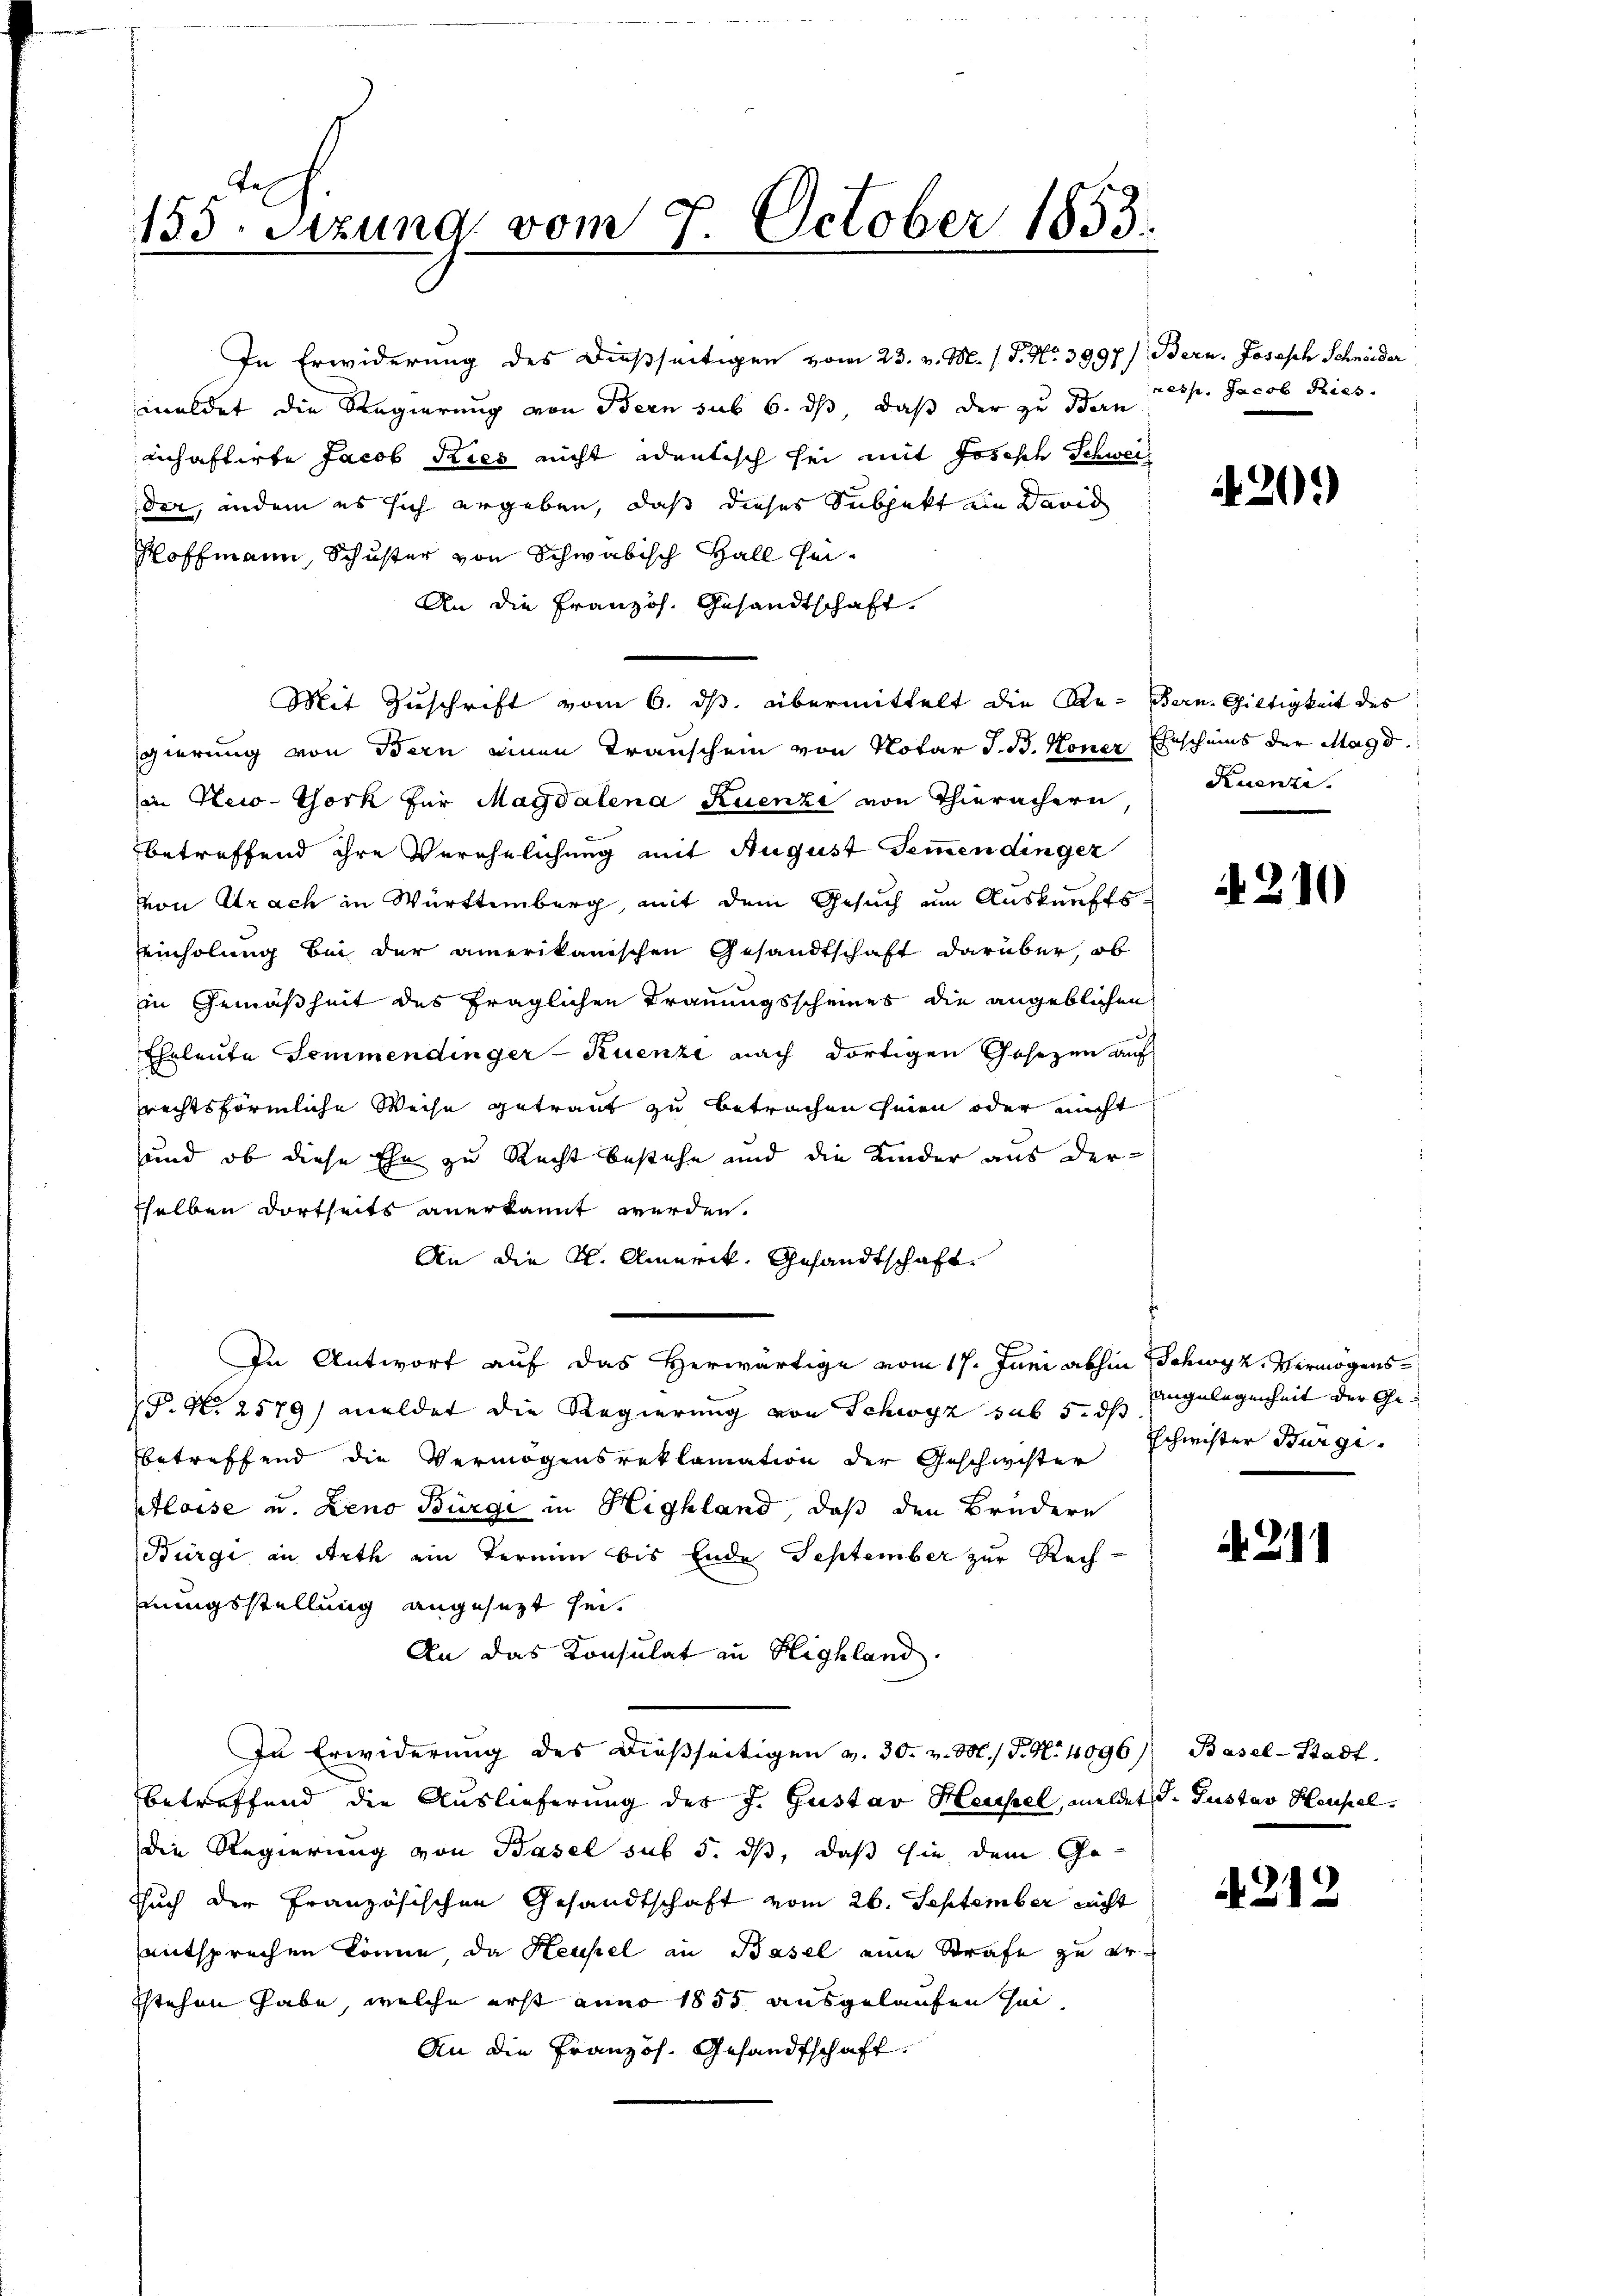
155. Sizung vom 7. October 1853.
m

In Erwiderung des dießseitigen vom 23. v. M. 1. J. No. 3997.) Bern, Joseph Schneider
meldet die Regierung von Bern sub 6. ds, daß der zu Bern resp. Jacob Ries.
eihaftirte Jacob Kies nicht identisch sei mit Josisch Schweiz
der, indem es sich ergeben, daß dieses Subjekt ein David
Hoffmann, Schuster von Schwabisch Hall sei¬
An die Französ. Gesandtschaft.
Mit Zuschrift vom 6. ds. übermittelt die Re- Bern. Giltigkeit des
gierung von Bern einen Transchein von Notar J. B. Honer Ehescheins der Magd.
in New-York für Magdalena Ruenzi von Thierächern
betreffend ihre Verehelichung mit August Semmendinger
von Arach in Württemberg, mit dem Gesuch um Auskunfts-
inholung bei der amerikanischen Gesandtschaft darüber, ob
in Gemäßheit des fraglichen Trauungsscheines die angeblichen
Eheleute Semmendinger-Kuenze nach dortigen Gesezen auf
rechtsförmliche Weise getraut zu betrachen seien oder nicht
und, ob diese Ehe zu Recht bestehe und die Kinder aus der
sselben dortheits anerkannt werden.
An die K. Amerik, Gesandtschaft
In Antwort auf das Herwärtige vom 17. Juni abhin Schwyz, Vermögens
P. N. 2579) meldet die Regierung von Schwyz sub 5. ds eingelegenheit der Gebetreffend die Vermögensreklamation der Geschwister
Aloise u. Zeno Bürgi in Highland, daß den Brüdern
Bürge in Arth ein Termin bis Ende September zur Rechhnungsstellung angesezt sei.
An das Konsulat in Highland.
In Erwiderung des dießseitigen v. 30. v. M. P. Nr. 4096) Basel-Stadt.
betreffend die Auslieferung des J. Gustav Heusel, meldet d. Gustav Heupeldie Regierung von Basel sub 5. dß, daß sie dem Gesuch der Französischen Gesandtschaft vom 26. September nicht
entsprechen könne, da Heusel in Basel eine Strafe zu ersstehen habe, welche erst anno 1855 ausgelaufen sei,
An die Französ. Gesandtschaft.

420.)

Ruenti.

210

Schwister Burgi

211

212